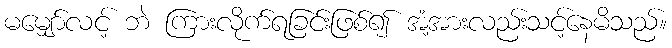
မမျှော်လင့် ဘဲ ကြားလိုက်ရခြင်းဖြစ်၍ အံ့အားလည်းသင့်နေမိသည်။